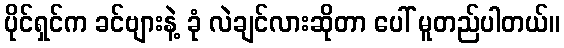
ပိုင်ရှင်က ခင်ဗျားနဲ့ ခုံ လဲချင်လားဆိုတာ ပေါ် မူတည်ပါတယ်။